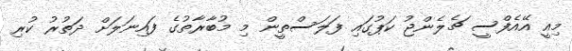
މިއީ އޭއެފްސީ ޗެލެންޖު ކަޕުގައި ފަލަސްތީން މި މުބާރާތުގެ ފައިނަލަށް ދަތުރު ކުރި